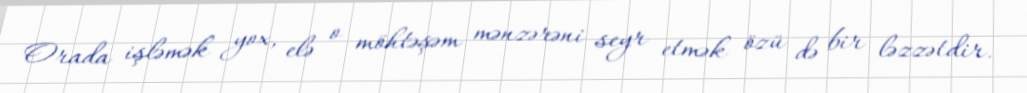
Orada işləmək yox, elə o möhtəşəm mənzərəni seyr etmək özü də bir ləzzətdir.